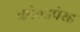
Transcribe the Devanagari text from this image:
कोल्डप्रेस्ड